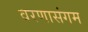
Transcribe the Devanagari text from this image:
वरणासंगम